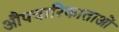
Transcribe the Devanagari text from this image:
औपचारिकाताओं